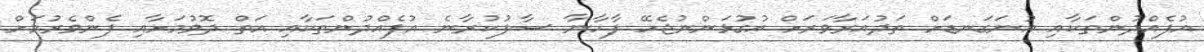
އުފެއްދުންތަކާއި އުނަގަނޑަށް ތަދުއަރާވަރަށް އުގުޅަންނުޖެހޭ ފާހާނާ ސާފުކުރާނެ އުފެއްދުންތަކާއި އަތް ދޮވުމަށާއި ފެންވެރުމަށް